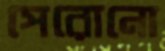
পেরোনো